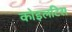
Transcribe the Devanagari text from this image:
कोइलटिस